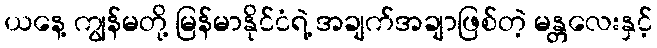
ယနေ့ ကျွန်မတို့ မြန်မာနိုင်ငံရဲ့ အချက်အချာဖြစ်တဲ့ မန္တလေးနှင့်